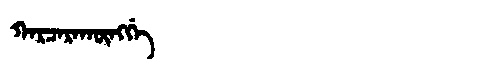
Manchu: ᡴᠠᡵᠴᠠᡵᠠᡴᡡᠩᡤᡝ
Romanization: KARCARAKŪNGGE